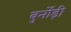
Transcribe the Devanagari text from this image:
बुर्नोड़ी